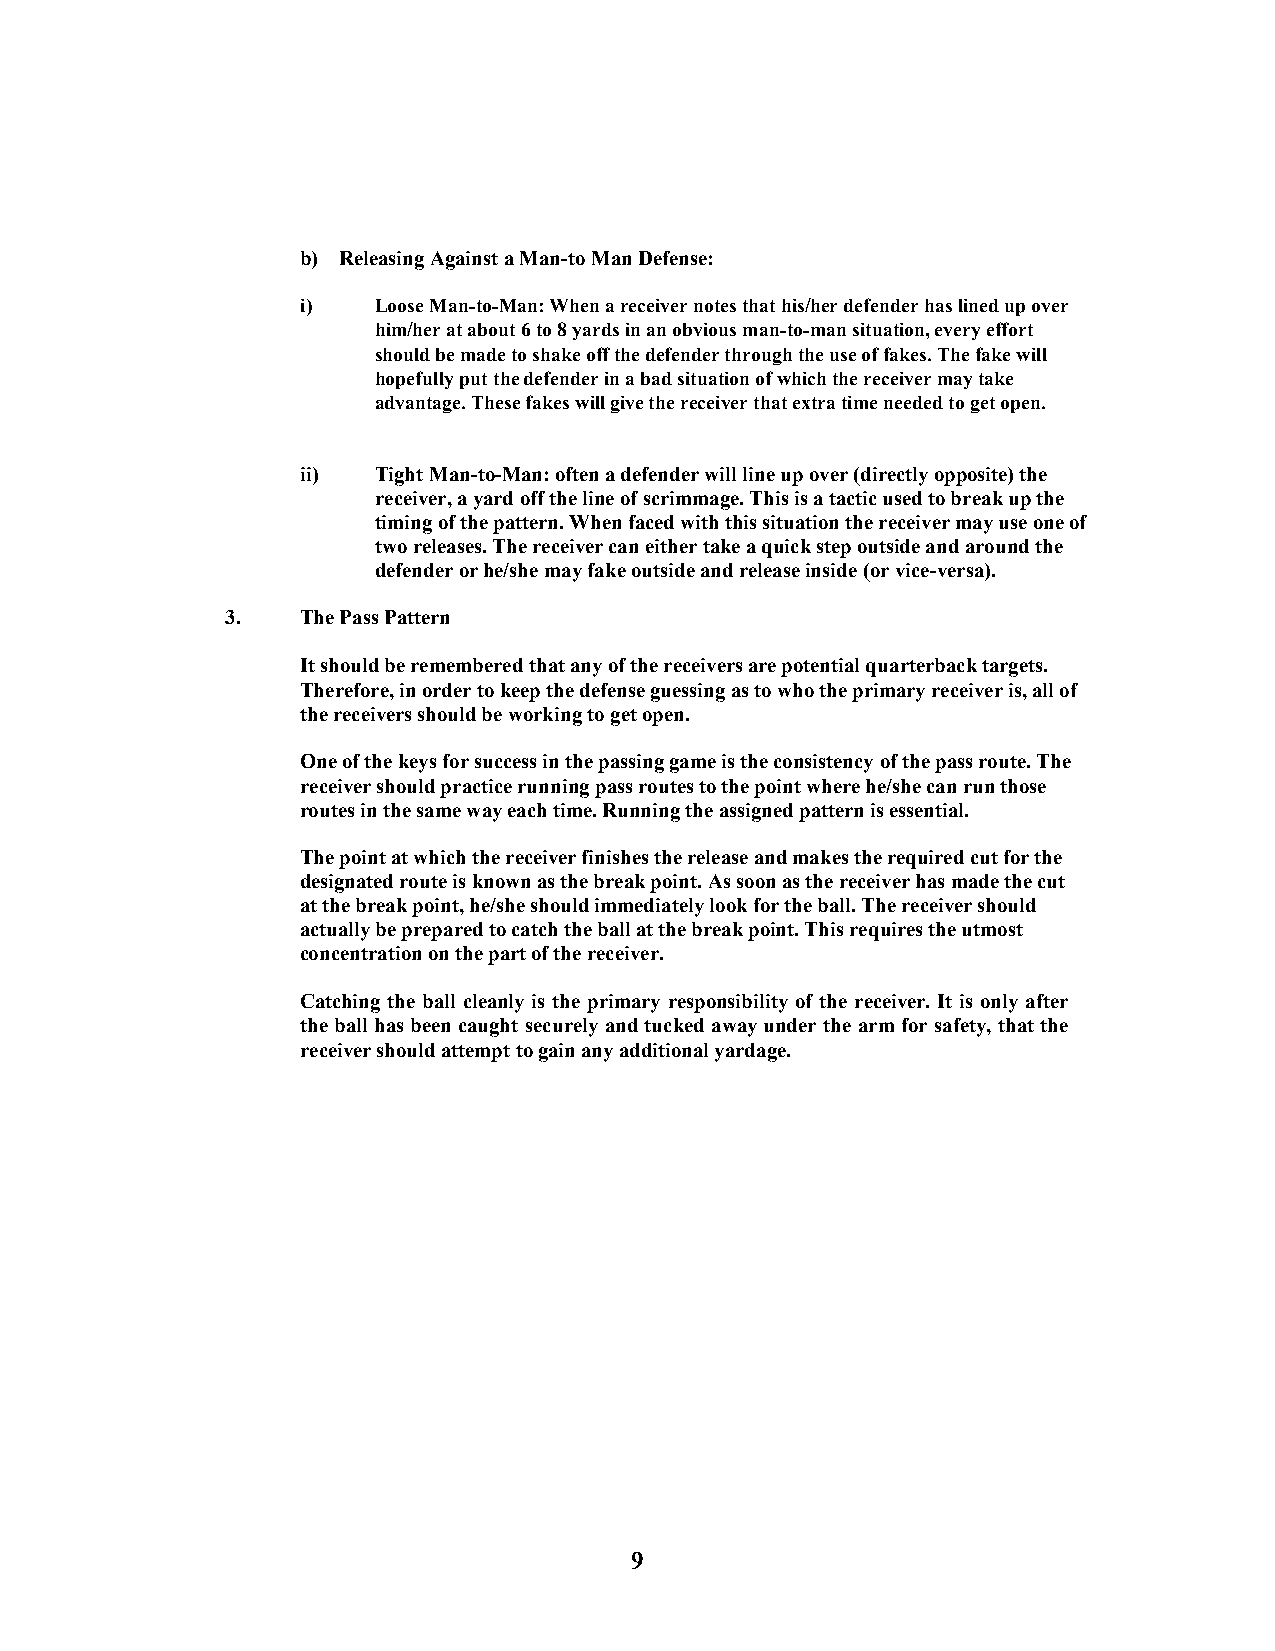
b) Releasing Against a Man-to Man Defense:
 i)   Loose Man-to-Man: When a receiver notes that his/her defender has lined up over
 him/her at about 6 to 8 yards in an obvious man-to-man situation, every effort
 should be made to shake off the defender through the use of fakes. The fake will
 hopefully put the defender in a bad situation of which the receiver may take
 advantage. These fakes will give the receiver that extra time needed to get open.
 ii)  Tight Man-to-Man: often a defender will line up over (directly opposite) the
 receiver, a yard off the line of scrimmage. This is a tactic used to break up the
 timing of the pattern. When faced with this situation the receiver may use one of
 two releases. The receiver can either take a quick step outside and around the
 defender or he/she may fake outside and release inside (or vice-versa).
 3.   The Pass Pattern
 It should be remembered that any of the receivers are potential quarterback targets.
 Therefore, in order to keep the defense guessing as to who the primary receiver is, all of
 the receivers should be working to get open.
 One of the keys for success in the passing game is the consistency of the pass route. The
 receiver should practice running pass routes to the point where he/she can run those
 routes in the same way each time. Running the assigned pattern is essential.
 The point at which the receiver finishes the release and makes the required cut for the
 designated route is known as the break point. As soon as the receiver has made the cut
 at the break point, he/she should immediately look for the ball. The receiver should
 actually be prepared to catch the ball at the break point. This requires the utmost
 concentration on the part of the receiver.
 Catching the ball cleanly is the primary responsibility of the receiver. It is only after
 the ball has been caught securely and tucked away under the arm for safety, that the
 receiver should attempt to gain any additional yardage.
 9